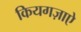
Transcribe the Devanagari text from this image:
कियगज़ाएे